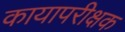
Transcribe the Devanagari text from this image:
कायापरीक्षक